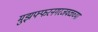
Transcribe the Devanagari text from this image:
मुझफ्फरनगरजवळच्या